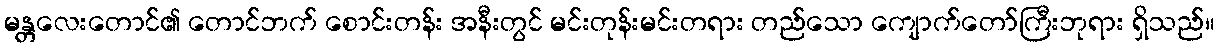
မန္တလေးတောင်၏ တောင်ဘက် စောင်းတန်း အနီးတွင် မင်းတုန်းမင်းတရား တည်သော ကျောက်တော်ကြီးဘုရား ရှိသည်။